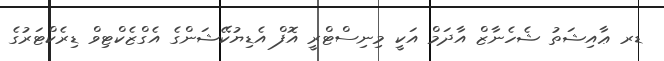
ޑރ ޢާއިޝަތު ޝެހެނާޒް އާދަމް އަކީ މިނިސްޓްރީ އޮފް އެޑިޔުކޭޝަންގެ އެގްޒެކްޓިވް ޑިރެކްޓަރުގެ